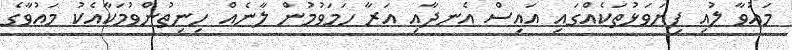
މައުވާ ލުއި ފިޔަވަޅުތަކެއްގައި އައިސް އެނދާއި އަރާ ހަމަވުމުން ލާނެއް ހިނިތުންވުމަކާއެކު މައުވާގެ